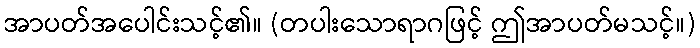
အာပတ်အပေါင်းသင့်၏။ (တပါးသောရာဂဖြင့် ဤအာပတ်မသင့်။)